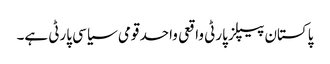
پاکستان پیپلز پارٹی واقعی واحد قومی سیاسی پارٹی ہے۔